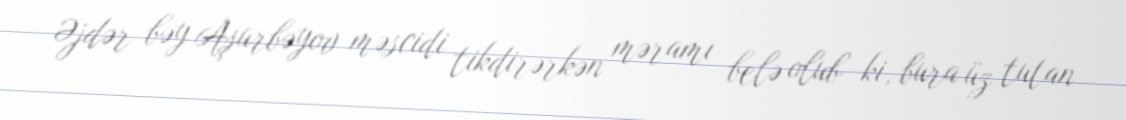
Əjdər bəy Aşurbəyov məscidi tikdirərkən məramı belə olub ki, bura üz tutan